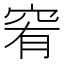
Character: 䆜